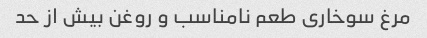
مرغ سوخاری طعم نامناسب و روغن بیش از حد